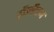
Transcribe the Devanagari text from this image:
हौलीहन